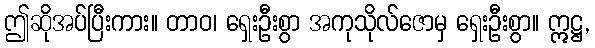
ဤဆိုအပ်ပြီးကား။ တာဝ၊ ရှေးဦးစွာ အကုသိုလ်ဇောမှ ရှေးဦးစွာ။ ဣဋ္ဌ,